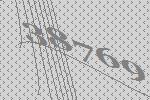
38769